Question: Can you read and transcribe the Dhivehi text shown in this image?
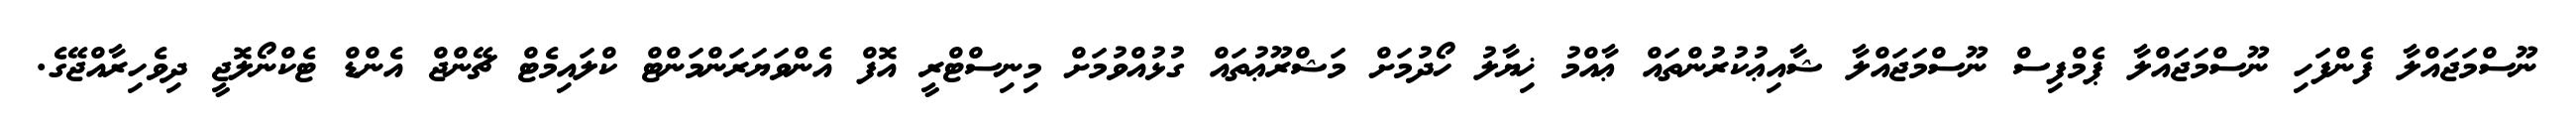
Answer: ނޫސްމަޖައްލާ ފެންފަހި ނޫސްމަޖައްލާ ޕެމްފިސް ނޫސްމަޖައްލާ ޝާއިޢުކުރުންތައް ޢާއްމު ޚިޔާލު ހޯދުމަށް މަޝްރޫޢުތައް ގުޅުއްވުމަށް މިނިސްޓްރީ އޮފް އެންވަޔަރަންމަންޓް ކްލައިމެޓް ޗޭންޖް އެންޑް ޓެކްނޯލޮޖީ ދިވެހިރާއްޖޭގެ.